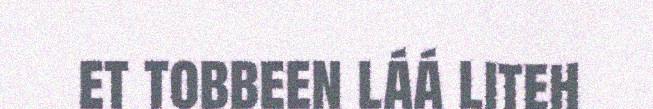
et tobbeen láá liteh